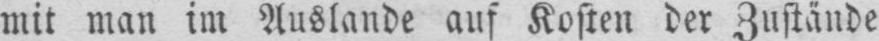
mit man im Auslande auf Kosten der Zustände